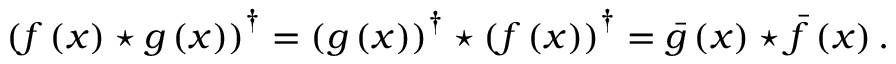
\left( f \left( x \right) \star g \left( x \right) \right) ^ { \dagger } = \left( g \left( x \right) \right) ^ { \dagger } \star \left( f \left( x \right) \right) ^ { \dagger } = \bar { g } \left( x \right) \star \bar { f } \left( x \right) .